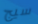
سيج